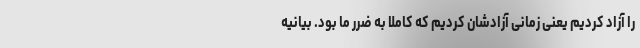
را آزاد کردیم یعنی زمانی آزادشان کردیم که کاملاً به ضرر ما بود. بیانیه